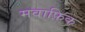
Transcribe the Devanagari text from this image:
मवाफ़िक